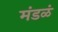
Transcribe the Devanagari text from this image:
मंडळं